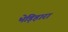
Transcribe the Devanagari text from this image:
भेड़िहारा